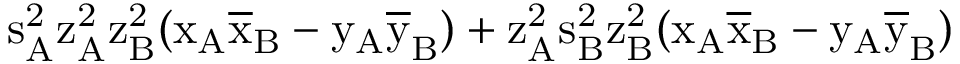
\mathrm { s _ { A } ^ { 2 } \mathrm { z _ { A } ^ { 2 } \mathrm { z _ { B } ^ { 2 } ( \mathrm { x _ { A } \mathrm { \overline { { x } } _ { B } - \mathrm { y _ { A } \mathrm { \overline { { y } } _ { B } ) + \mathrm { z _ { A } ^ { 2 } \mathrm { s _ { B } ^ { 2 } \mathrm { z _ { B } ^ { 2 } ( \mathrm { x _ { A } \mathrm { \overline { { x } } _ { B } - \mathrm { y _ { A } \mathrm { \overline { { y } } _ { B } ) } } } } } } } } } } } } } }